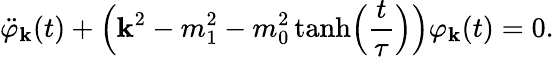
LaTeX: \ddot{\varphi}_{\mathbf k}(t)+\Bigl({\mathbf k}^{2}-m_{1}^{2}-m_{0}^{2}\operatorname{tanh}\Bigl(\frac{t}{\tau}\Bigr)\Bigr)\varphi_{\mathbf k}(t)=0.